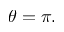
\theta = \pi .